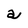
Character: a